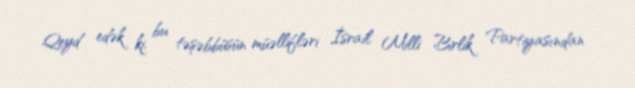
Qeyd edək ki, bu təşəbbüsün müəllifləri İsrail Milli Birlik Partiyasından